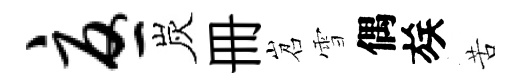
忧炭册岧雪偶族苦